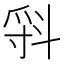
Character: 𣁷